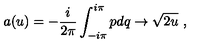
a ( u ) = - { \frac { i } { 2 \pi } } \int _ { - i \pi } ^ { i \pi } p d q \rightarrow \sqrt { 2 u } \ ,